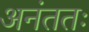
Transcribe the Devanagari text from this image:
अनंततः